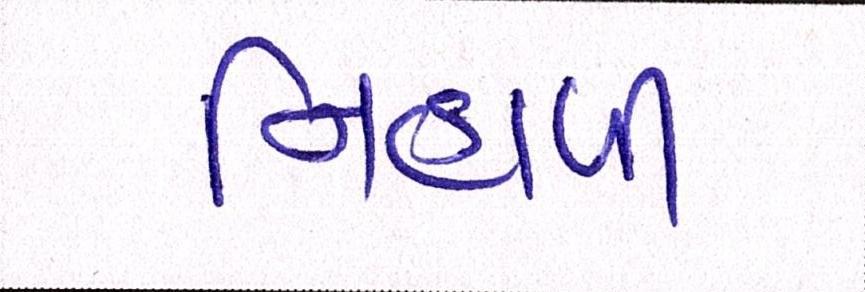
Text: નિહાળી